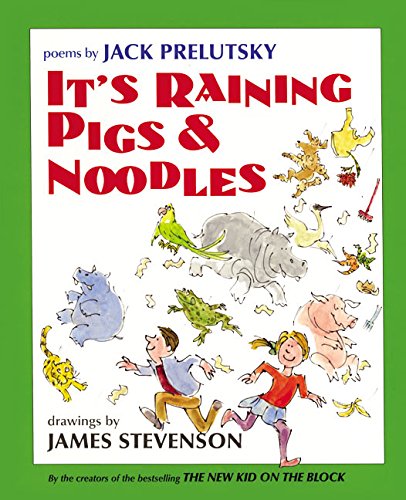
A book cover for It's Raining Pigs & Noodles; Jack Prelutsky; Humor & Entertainment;